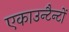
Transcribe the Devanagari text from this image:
एकाउन्टैन्टों